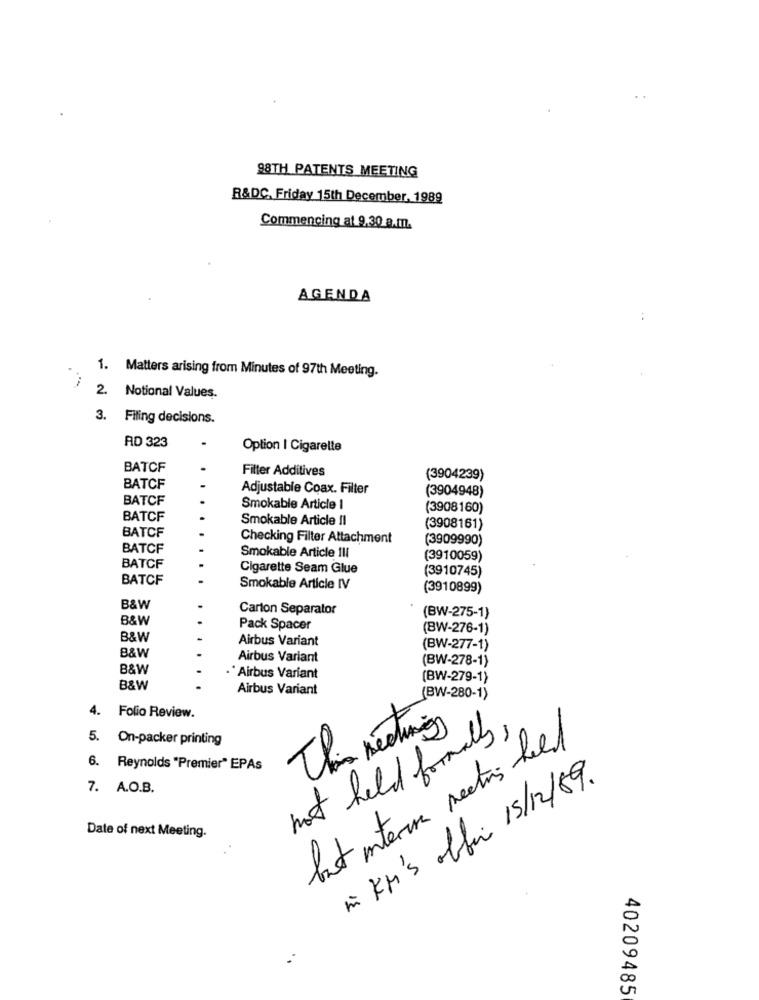
98TH PATENTS MEETING
R&DC, Friday 15th December, 1989
Commencing at 9,30 a.m.
AGENDA
1. Matters arising from Minutes of 97th Meeting.
2. Notional Values.
3. Filing decisions.
AD 323
Option I Cigarette
BATCF
Filter Additives
(3904239)
BATCF
Adjustable Coax. Filter
(3904948)
BATCF
Smokable Article 1
(3908160)
BATCF
Smokable Article Il
BATCF
(3908161)
Checking Filter Attachment
(3909990)
BATCF
Smokable Article 1li
(3910059)
BATCF
Cigarette Seam Glue
(3910745)
BATCF
Smokable Article IV
(3910899)
B&W
Carton Separator
B&W
(BW-275-1)
Pack Spacer
(BW-276-1)
B&W
Airbus Variant
(BW-277-1)
B&W
Airbus Variant
(BW-278-1)
B&W
·* Airbus Variant
(BW-279-1)
B&W
Airbus Variant
(BW-280-1)
4. Folio Review.
5. On-packer printing
This section
not held formally.
lat intero meeting held
01
6. Reynolds "Premier" EPAs
mi KM'S offer 15/12/89 .
7. A.O.B.
Date of next Meeting.
40209485